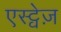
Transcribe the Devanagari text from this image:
एस्ट्वेज़